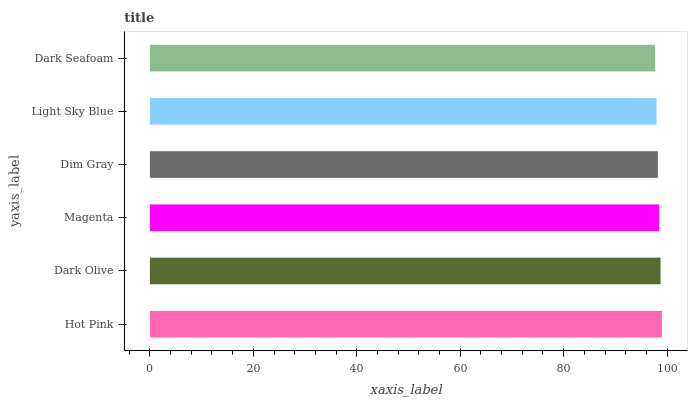
| yaxis_label | bars |
 | --- | --- |
 | Hot Pink | 99 |
 | Dark Olive | 98.7 |
 | Magenta | 98.5 |
 | Dim Gray | 98.2 |
 | Light Sky Blue | 98 |
 | Dark Seafoam | 97.7 |